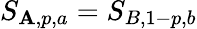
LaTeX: S_{\mathbf{A},p,a}=S_{B,1-p,b}